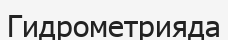
Гидрометрияда